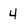
Character: 4